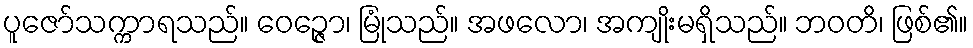
ပူဇော်သက္ကာရသည်။ ဝေဉ္ဇော၊ မြုံသည်။ အဖလော၊ အကျိုးမရှိသည်။ ဘဝတိ၊ ဖြစ်၏။